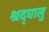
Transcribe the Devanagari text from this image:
श्रद्घालु